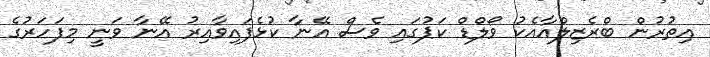
އިތުރުން ބްރެޒިލްއާއެކު ވޯލްޑް ކަޕުގައި ވެސް އޭނާ ކުޅެފައިވާއިރު އޭނާ ވަނީ މިފަހަރުގެ